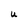
Character: U